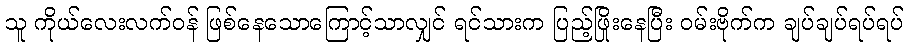
သူ ကိုယ်လေးလက်ဝန် ဖြစ်နေသောကြောင့်သာလျှင် ရင်သားက ပြည့်ဖြိုးနေပြီး ဝမ်းဗိုက်က ချပ်ချပ်ရပ်ရပ်